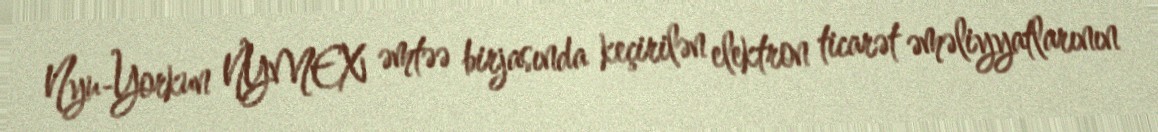
Nyu-Yorkun NYMEX əmtəə birjasında keçirilən elektron ticarət əməliyyatlarının